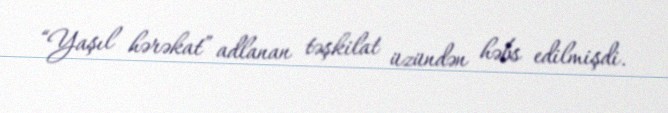
“Yaşıl hərəkat” adlanan təşkilat üzündən həbs edilmişdi.